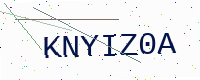
Text: KNYIZ0A